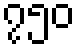
၇၅၀